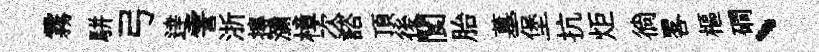
霧駢弓逹霅浙摶瀰樟次諮頂後閬胎墓堡抗炬徜畧樞磵、